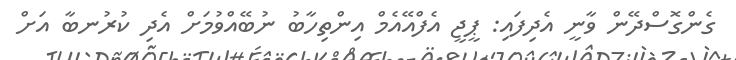
ގެންގޮސްދޭން ވާނީ އެދިފައި: ޕީޖީ އެފްއޭއެމް އިންތިހާބު ނުބޭއްވުމަށް އެދި ކުރުނބާ އަށް